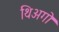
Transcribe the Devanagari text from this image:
थिअगो